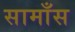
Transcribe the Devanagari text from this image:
सामाँस